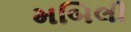
મબિલી